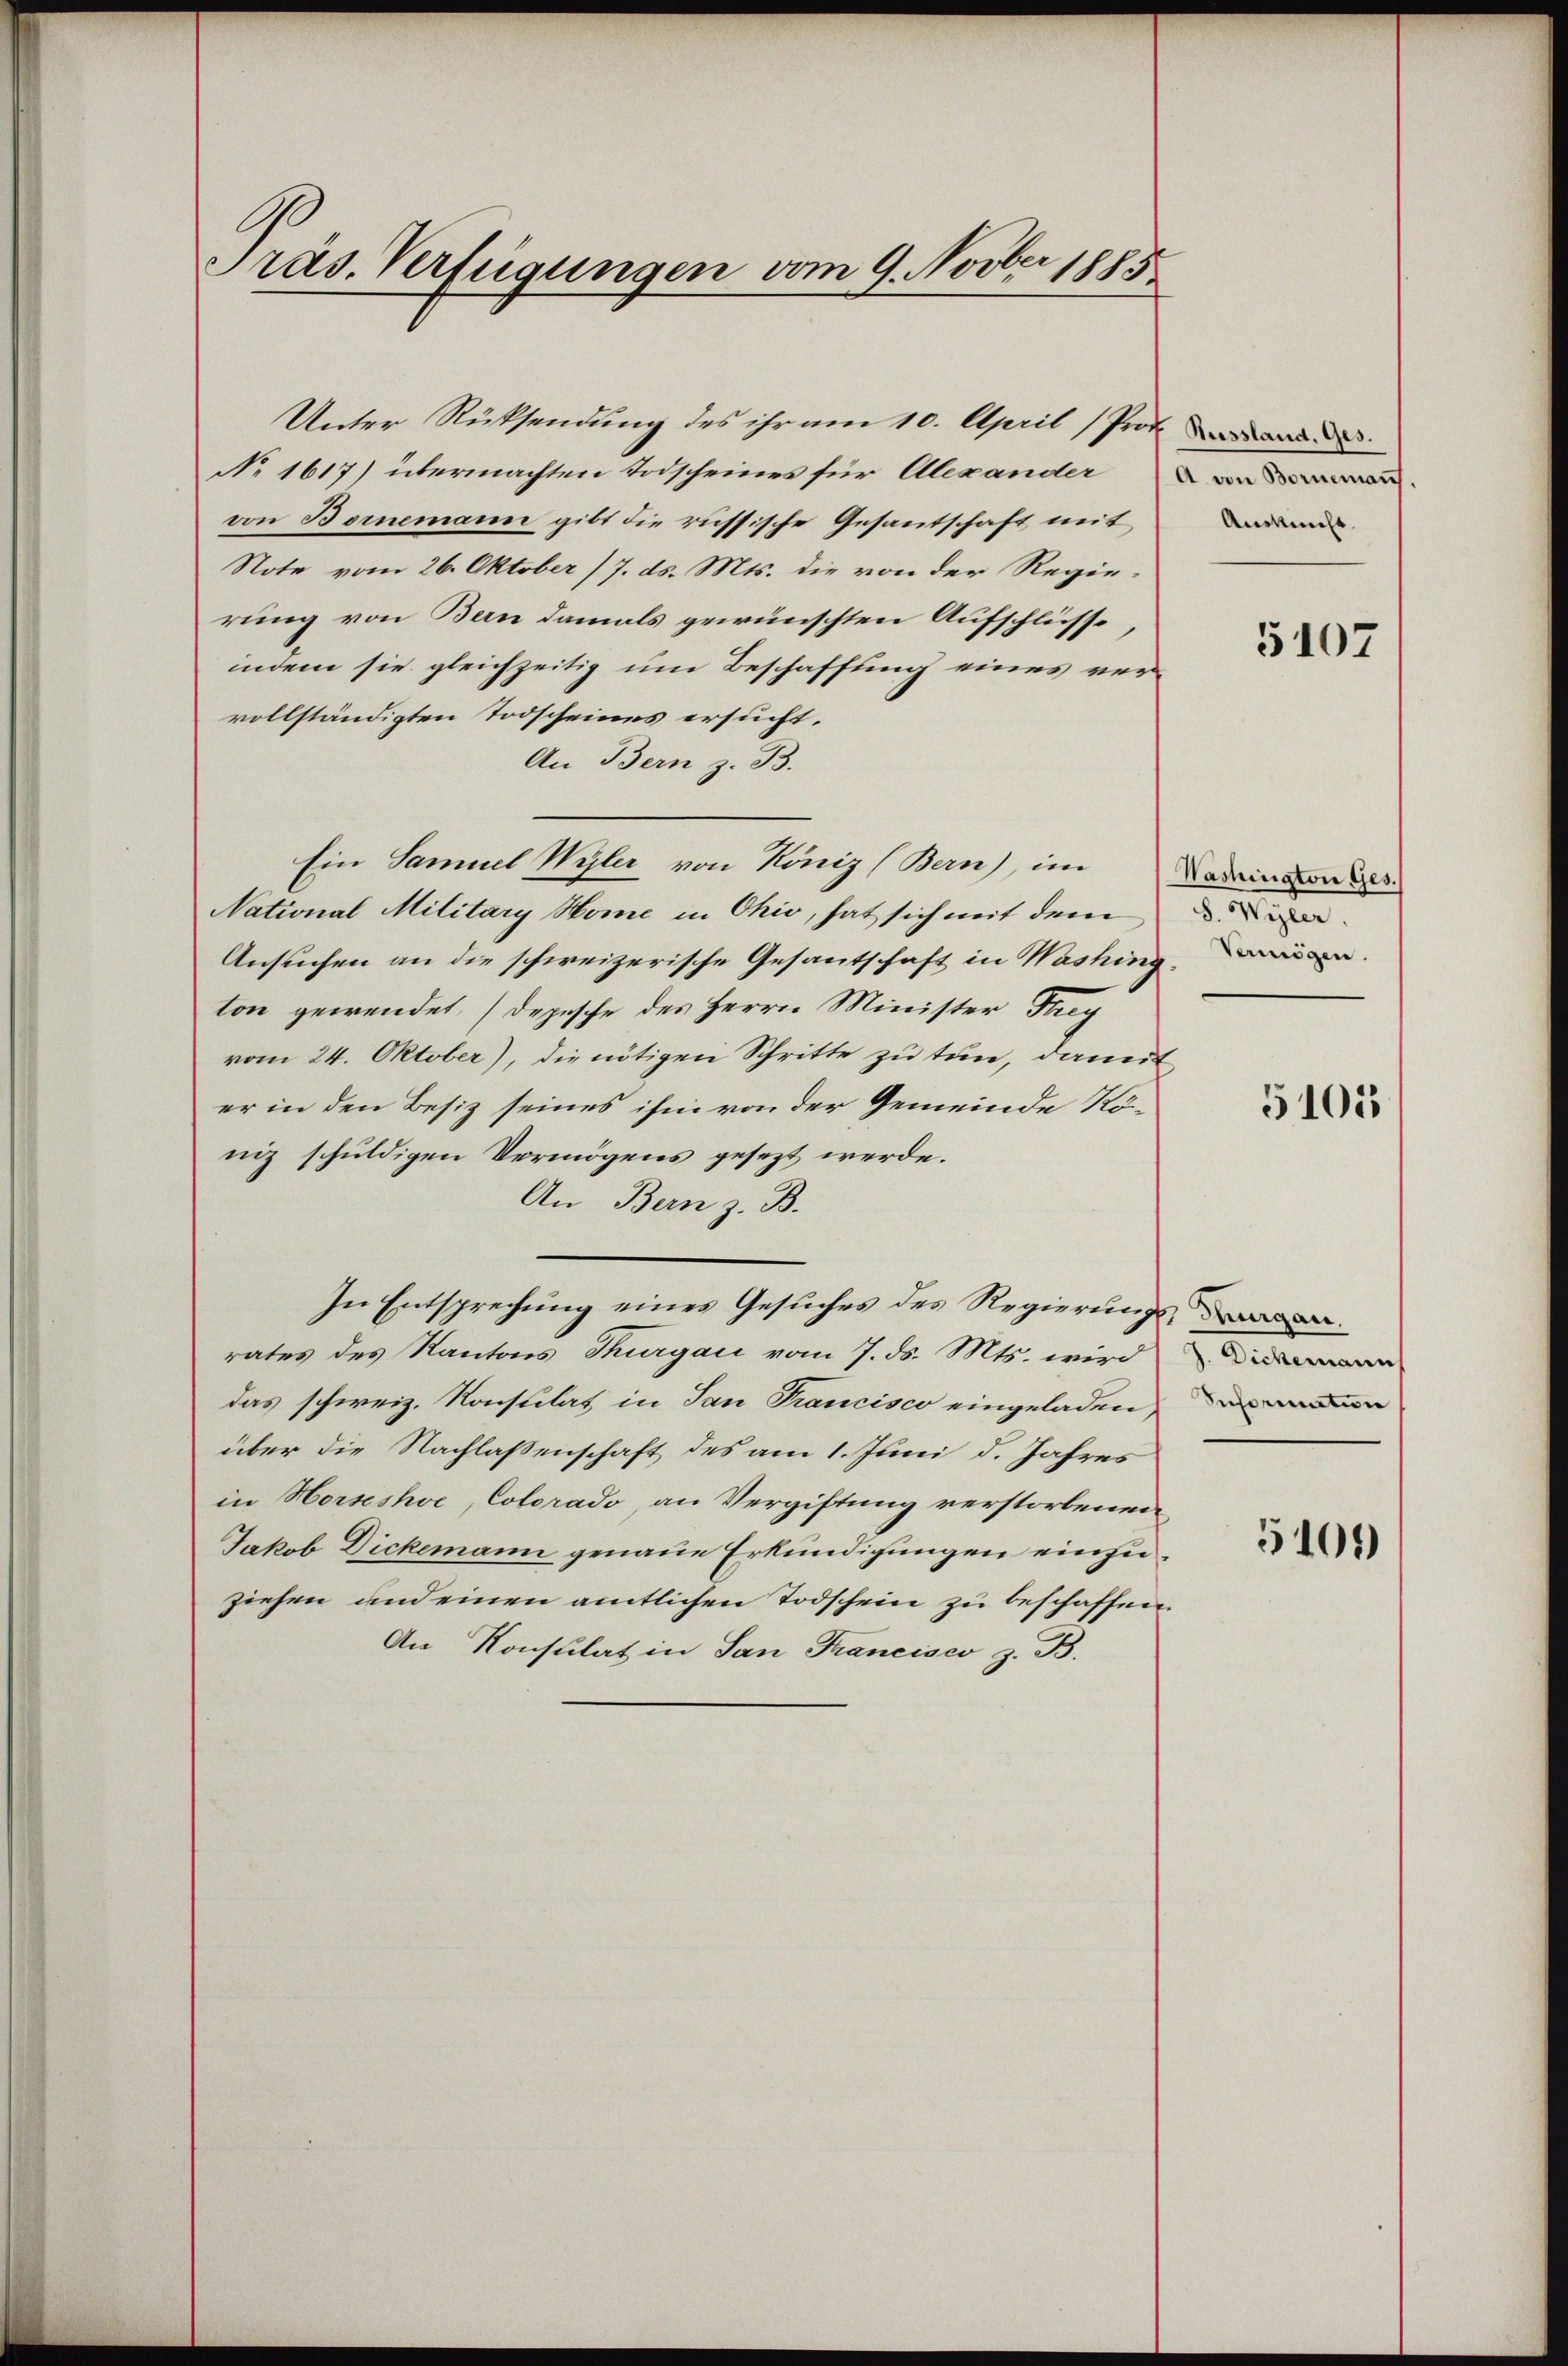
Präs. Verfügungen vom 9. Novber 1885

Unter Rücksendung des ihr am 10. April (Prot
No. 1617) übermachten Todscheines für Alexander
von Bornemann gibt die russische Gesantschaft mit
Note vom 26. Oktober /7. ds. Mts. die von der Regierung von Bern damals gewünschten Aufschlüsse,
indem sie gleichzeitig um Beschaffung eines vervollständigten Todscheines ersucht.
An Bern z. B.
Ein Samuel Wyler von König (Bern), im Laden
National Military Home in Chio, hat sich mit dem
Ansuchen an die schweizerische Gesantschaft in Washing, wen
ton gewendet. Depesche des Herrn Minister Frag
vom 24. Oktober), die nötigen Schritte zu tun, damit
er in den Besiz seines ihm von der Gemeinde Köniz schuldigen Vermögens gesezt werde.
An Bern z. B.
In Entsprechung eines Gesuches des Regierungs-
rates des Kantons Thurgau vom 7. ds. Mts. wird
das schweiz. Konsulat in San Francisco eingeladen,
über die Nachlaßenschaft des am 1. Juni d. Jahres
in Horseshoe, Colorado, an Vergiftung verstorbenen
Jakob Dickemann genaue Erkundigungen einzuziehen und einen amtlichen Todschein zu beschaffen.
An Konsulat in San Francisco z. B.

Auskunft.

5107

S. Wyler,

5105

5101)